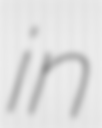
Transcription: in